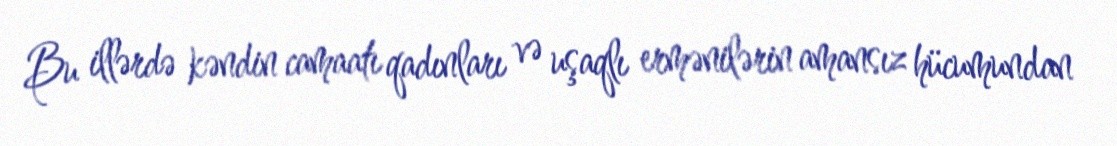
Bu illərdə kəndin camaatı qadınları və uşaqlı ermənilərin amansız hücumundan